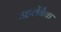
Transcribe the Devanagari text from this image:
उहलेंबैक